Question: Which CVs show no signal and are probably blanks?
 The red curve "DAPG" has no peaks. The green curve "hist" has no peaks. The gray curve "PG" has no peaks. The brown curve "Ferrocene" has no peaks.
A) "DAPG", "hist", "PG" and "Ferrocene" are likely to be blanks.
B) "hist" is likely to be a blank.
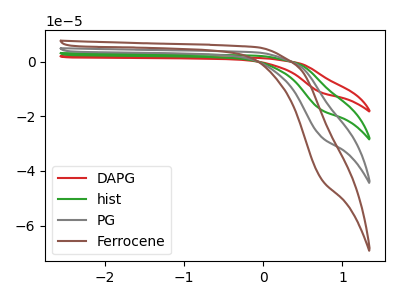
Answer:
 <answer>A) "DAPG", "hist", "PG" and "Ferrocene" are likely to be blanks.</answer>
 <eval>A</eval>